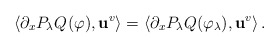
\begin{align*}\left\langle \partial_x P_\lambda Q^{}(\varphi),\mathbf{u}^v\right\rangle =\left\langle \partial_x P_\lambda Q(\varphi_\lambda),\mathbf{u}^v\right\rangle.\end{align*}